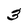
Character: 3